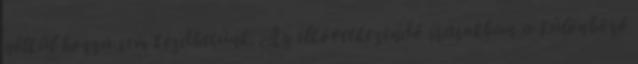
nélkül hozzá sem kezdhetünk. Az elkövetkezendő írásokban a különböző